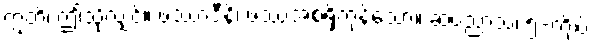
ဣတိ၊ ဤသို့လျှင်။ ဖဿာဒီနိ၊ ဖဿအစရှိကုန်သော။ ဆပညာသ၊ ၅-ကျိပ်